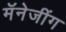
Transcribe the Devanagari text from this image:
मॅनेजींग